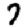
Digit: 7